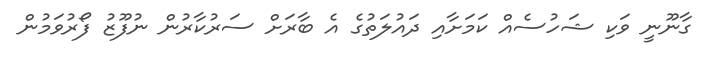
ގާނޫނީ ވަކި ޝަހުސެއް ކަމަށާއި ދައުލަތުގެ އެ ބާރަށް ސަރުކާރުން ނުފޫޒު ފޯރުވަމުން